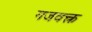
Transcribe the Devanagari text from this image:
गजवक्त्र